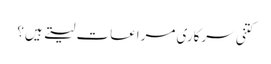
کتنی سرکاری مراعات لیتے ہیں؟